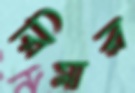
রিমার